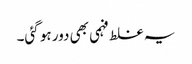
یہ غلط فہمی بھی دور ہو گئی۔